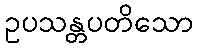
ဥပသန္တပတိသော